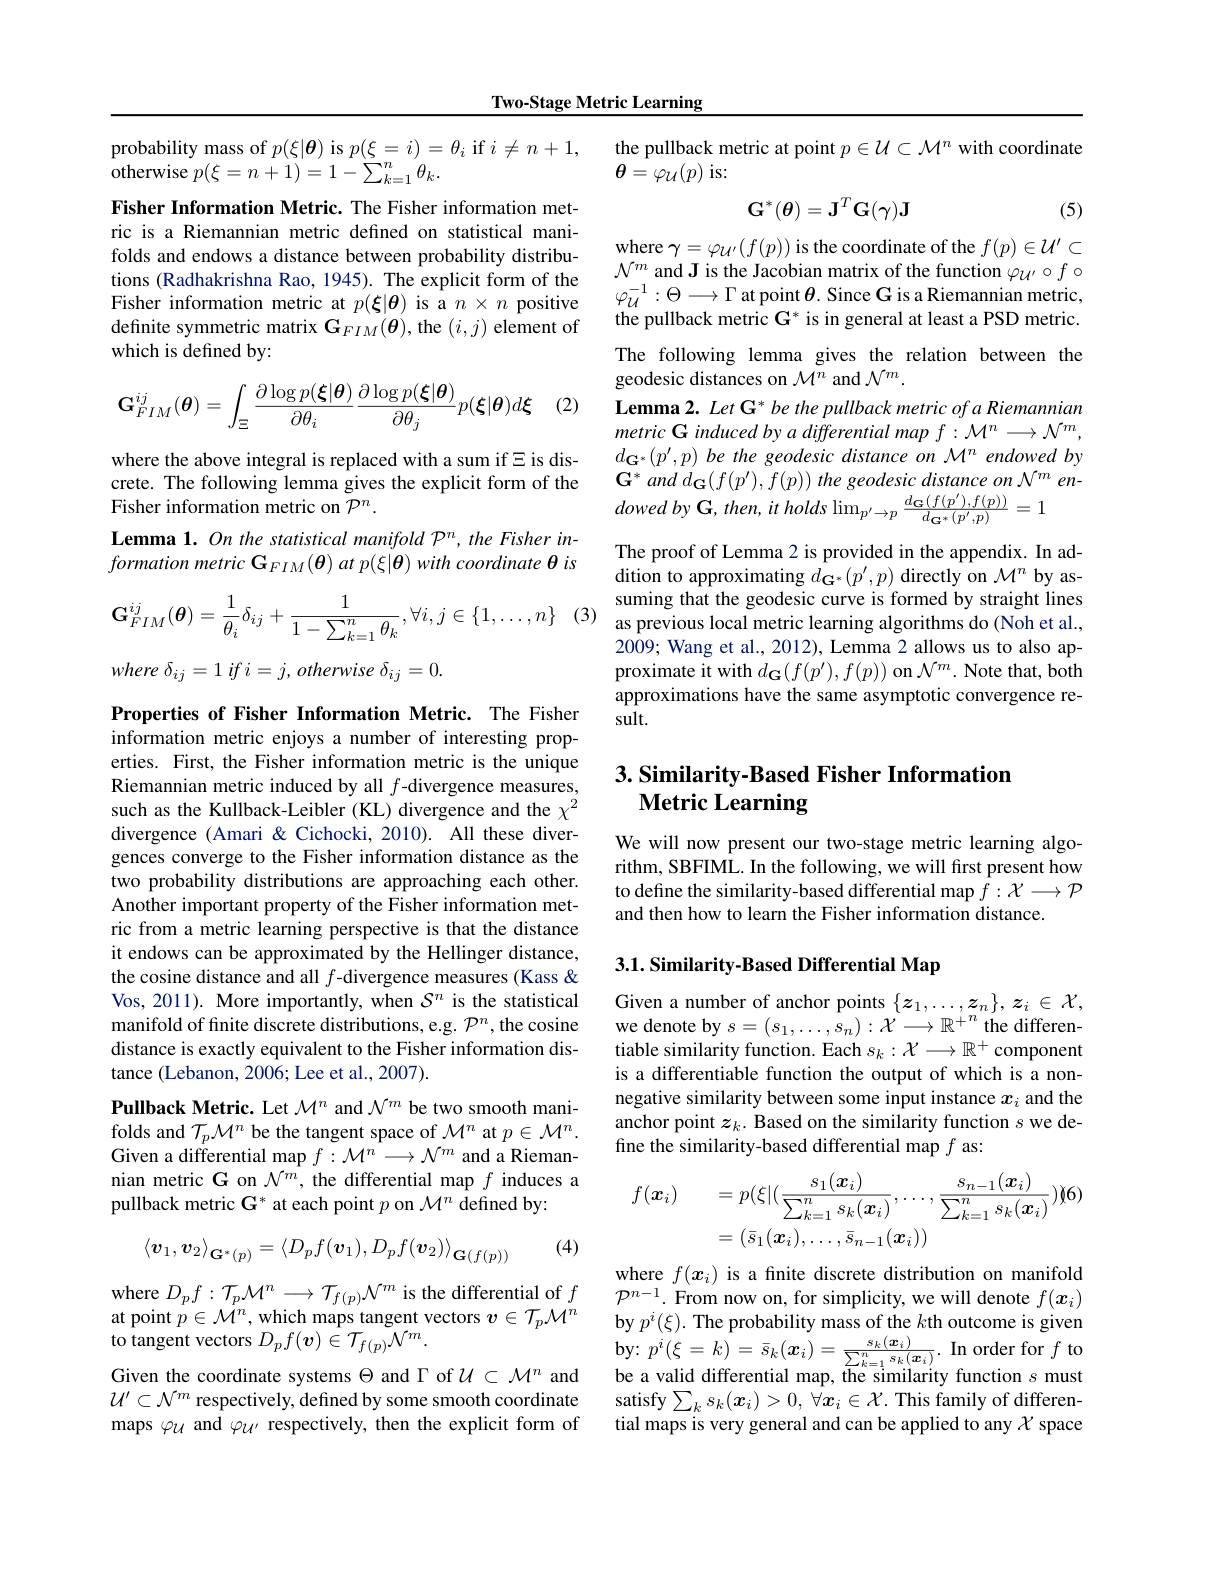
Two-Stage Metric Learning

probability mass of $p(\xi|\boldsymbol{\theta})$ is $p(\underline\xi=i)=\theta_i$ if $i\neq n+1$,
${\overset{1}{\operatorname*{\operatorname*{otherwise}}}p(\xi=n+1)=1-\sum_{k=1}^{(s)}\theta_{k}.}$
Fisher Information Metric. The Fisher information metric is a Riemannian metric defined on statistical manifolds and endows a distance between probability distribuTorus anu chiovws a disunce chwech prouoniny usuitu $\mathcal{N} ^m$and Jis the Jacobian matrix of the function $\varphi \mu ^{\prime }\circ f\circ$ tions ( Radhakrishna Rao, 1945) . The explicit form of the $\varphi _{\mu }^{- 1}: \Theta \longrightarrow \Gamma$ apoint $\theta .$ Since G is a Riemannian metric,
Fisher information metric at $p(\boldsymbol{\xi}|\boldsymbol{\theta})$ is a $n\times n$ positive definite symmetric matrix $\mathbf{G}_{FIM}(\boldsymbol{\theta})$, the $(i,j)$ element of which is defined by:
$$\mathbf{G}_{FIM}^{ij}(\boldsymbol{\theta})=\int_\Xi\frac{\partial\log p(\boldsymbol{\xi}|\boldsymbol{\theta})}{\partial\theta_i}\frac{\partial\log p(\boldsymbol{\xi}|\boldsymbol{\theta})}{\partial\theta_j}p(\boldsymbol{\xi}|\boldsymbol{\theta})d\boldsymbol{\xi}$$
(2)

where the above integral is replaced with a sum if $\Xi$ is discrete. The following lemma gives the explicit form of the Fisher information metric on $\mathcal{P}^n.$
$formation~metric~\mathbf{G}_{FIM}(\boldsymbol{\theta})~at~p(\xi|\boldsymbol{\theta})~with~coordinate~\theta~is$
$$\mathbf{G}_{FIM}^{ij}(\boldsymbol{\theta})=\frac{1}{\theta_{i}}\delta_{ij}+\frac{1}{1-\sum_{k=1}^{n}\theta_{k}},\forall i,j\in\{1,\ldots,n\}$$
where $\delta _{ij}= 1$ $if$ $i= j$, otherwise $\delta _{ij}= 0.$

Properties of Fisher Information Metric. The Fisher information metric enjoys a number of interesting properties. First, the Fisher information metric is the unique Riemannian metric induced by all $f$-divergence measures, such as the Kullback-Leibler (KL) divergence and the $\chi^2$ divergence (Amari & Cichocki, 2010). All these divergences converge to the Fisher information distance as the two probability distributions are approaching each other. Another important property of the Fisher information metric from a metric learning perspective is that the distance it endows can be approximated by the Hellinger distance, the cosine distance and all $f$-divergence measures (Kass < Vos, 2011). More importantly, when $\mathcal{S}^n$ is the statistical manifold of finite discrete distributions, e.g. $\mathcal{P}^n$, the cosine distance is exactly equivalent to the Fisher information distance (Lebanon, 2006; Lee et al., 2007).

Pullback Metric. Let $\mathcal{M}^n$ and $\mathcal{N}^m$ be two smooth manifolds and $\mathcal{T}_p\mathcal{M}^n$ be the tangent space of $\mathcal{M}^n$ at $p\in\mathcal{M}^n.$ Given a differential map $f:\mathcal{M}^n\longrightarrow\mathcal{N}^m$ and a Riemannian metric G on $\mathcal{N}^m$, the differential map $f$ induces a pullback metric G* at each point $p$ on $\mathcal{M}^n$ defined by:

(4)
$$\left\langle\boldsymbol{v}_1,\boldsymbol{v}_2\right\rangle_{\mathbf{G}^*(p)}=\left\langle D_pf(\boldsymbol{v}_1),D_pf(\boldsymbol{v}_2)\right\rangle_{\mathbf{G}(f(p))}$$
where $D_pf:\mathcal{T}_p\mathcal{M}^n\longrightarrow\mathcal{T}_{f(p)}\mathcal{N}^m$ is the differential of $f$ at point $p\in\mathcal{M}^n$, which maps tangent vectors $\boldsymbol v\in\mathcal{T}_p\mathcal{M}^n$ ${\hat{\text{to tangent vectors }}D_{p}f(\boldsymbol{v})}\in{\hat{\mathcal{T}}}_{f(p)}{\tilde{\mathcal{N}}}^{m}.$
Given the coordinate systems $\Theta$ and $\Gamma$ of $\mathcal{U}\subset\mathcal{M}^n$ and $\mathcal{U}^{\prime}\subset\mathcal{N}^m$ respectively, defined by some smooth coordinate maps $\varphi_{\mathcal{U}}$ and $\varphi_{\mathcal{U}^{\prime}}$ respectively, then the explicit form of

the pullback metric at point $p\in\mathcal{U}\subset\mathcal{M}^n$ with coordinate
$\theta=\varphi_{\mathcal{U}}(p)$is:
$$\mathbf{G}^*(\boldsymbol{\theta})=\mathbf{J}^T\mathbf{G}(\gamma)\mathbf{J}$$
(5)

where $\gamma=\varphi_{\mathcal{U}^{\prime}}(f(p))$ is the coordinate of the $f(p)\in\mathcal{U}^\prime\subset$ the pullback metric $\mathbf{G}^*$ is in general at least a PSD metric. The following lemma gives the relation between the geodesic distances on $\mathcal{M}^n$ and $\mathcal{N}^m.$
Lemma 2. Let G* be the pullback metric of a Riemannian metric G induced by a differential map $f:\mathcal{M}^n\longrightarrow\mathcal{N}^m$, $d_{\mathbf{G}^*}(p^{\prime},p)\textit{be the geodesic distance on M}^n$ endowed by $\mathbf{G} ^{* }$ and $d_{\mathbf{G} }( f( p^{\prime }) , f( p) )$ the geodesic distance $on$ $\mathcal{N} ^{m}$ $en-$ dowed $by$ $\mathbf{G} $, $then$, $it$ holds $\operatorname* { lim} _{p^{\prime }\rightarrow p}\frac {d_{\mathbf{G} }( f( p^{\prime }) , f( p) ) }{d_{\mathbf{G} ^{* }( p^{\prime }, p) }}= 1$
The proof of Lemma 2 is provided in the appendix. In addition to approximating $d_{\mathbf{G}^*}(p^{\prime},p)$ directly on $\mathcal{M}^n$ by assuming that the geodesic curve is formed by straight lines
$^{(3)}$ as previous local metric learning algorithms do(Noh et al.,
2009; Wang et al., 2012), Lemma 2 allows us to also approximate it with $d_{\mathbf{G}}(f(p^{\prime}),f(p))$ on $\mathcal{N}^m.$ Note that, both approximations have the same asymptotic convergence result.

### $3. \textbf{Similarity- Based Fisher Information}$ Metric Learning

We will now present our two-stage metric learning algorithm, SBFIML. In the following, we will first present how to define the similarity-based differential map $f:\mathcal{X}\longrightarrow\mathcal{P}$ and then how to learn the Fisher information distance.

# 3.1. Similarity- Based Differential Map

Given a number of anchor points $\{z_1,\ldots,z_n\},z_i\in\mathcal{X}$, we denote by $s=(s_1,\ldots,s_n):\mathcal{X}\longrightarrow\mathbb{R}^+^n$ the differentiable similarity function. Each $s_k:\mathcal{X}\longrightarrow\mathbb{R}^+$ component is a differentiable function the output of which is a nonnegative similarity between some input instance $x_i$ and the anchor point $z_k.$ Based on the similarity function $s$ we define the similarity-based differential map $f$ as:
$$\begin{aligned}f(\boldsymbol{x}_{i})&=p(\xi|(\frac{s_{1}(\boldsymbol{x}_{i})}{\sum_{k=1}^{n}s_{k}(\boldsymbol{x}_{i})},\ldots,\frac{s_{n-1}(\boldsymbol{x}_{i})}{\sum_{k=1}^{n}s_{k}(\boldsymbol{x}_{i})})(6)\\&=(\bar{s}_{1}(\boldsymbol{x}_{i}),\ldots,\bar{s}_{n-1}(\boldsymbol{x}_{i}))\end{aligned}$$
where $f(\boldsymbol x_i)$ is a finite discrete distribution on manifold $\mathcal{P}^{n-1}.$ From now on, for simplicity, we will denote $f(x_i)$ by $p^i(\xi).$ The probability mass of the $k$th outcome is given $\begin{array}{l}{\mathrm{by:~}p^{i}(\xi=k)=\bar{s}_{k}(\boldsymbol{x}_{i})=\frac{s_{k}(\boldsymbol{x}_{i})}{\sum_{k=1}^{n}s_{k}(\boldsymbol{x}_{i})}.}&{\mathrm{In~order~for~}f~to}\\{\mathrm{bo~a~uolid~diffrmontiol~mon~thon~tho~com~illomitr~fon~fon~tion~}}\end{array}$ be a valid differential map, the similarity function $s$ must satisfy $\sum_ks_k(\boldsymbol{x}_i)>0,\forall\boldsymbol{x}_i\in\mathcal{X}.$ This family of differential maps is very general and can be applied to any $\chi$ space